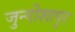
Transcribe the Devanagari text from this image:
जुन्दीशापुर